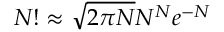
N ! \approx { \sqrt { 2 \pi N } } N ^ { N } e ^ { - N }